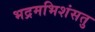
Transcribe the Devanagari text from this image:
भद्रमभिशंसतु